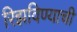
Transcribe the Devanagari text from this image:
रिझविण्याची